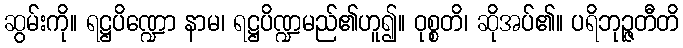
ဆွမ်းကို။ ရဋ္ဌပိဏ္ဍော နာမ၊ ရဋ္ဌပိဏ္ဍမည်၏ဟူ၍။ ဝုစ္စတိ၊ ဆိုအပ်၏။ ပရိဘုဉ္ဇတီတိ